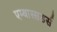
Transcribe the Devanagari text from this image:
एम्बास्सडर्स